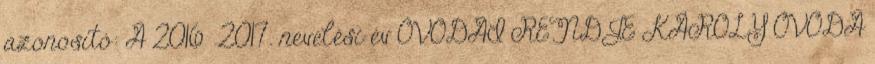
azonosító: A 2016 2017. nevelési év ÓVODAI RENDJE KÁROLY ÓVODA